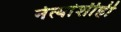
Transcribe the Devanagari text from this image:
नेत्यांशीही